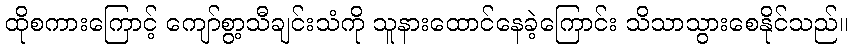
ထိုစကားကြောင့် ကျော်စွာ့သီချင်းသံကို သူနားထောင်နေခဲ့ကြောင်း သိသာသွားစေနိုင်သည်။